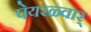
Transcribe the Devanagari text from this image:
पेयरळ्वार्